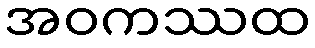
အဝကဿထ